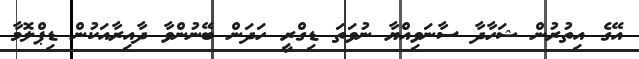
އޭގެ އިތުރުން ޝަހާދާ ސާނަވިއްޔާ ނުވަތަ ޑިގްރީ ހަދަން ބޭނުންވާ ދާއިރާއަކުން ޑިޕްލޮމާ